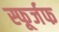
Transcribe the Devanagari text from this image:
स्फूर्जफ